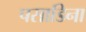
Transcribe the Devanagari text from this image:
पसाडिना